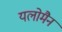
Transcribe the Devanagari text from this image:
यलोमैन